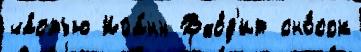
ча́стью Иоа́нн Вхо́д'ит сно́сок